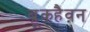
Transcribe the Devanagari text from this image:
ब्रूकहैवन